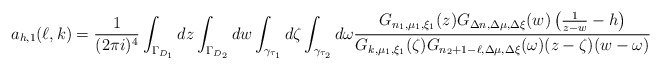
\begin{align*}a_{h,1}(\ell,k)=\frac 1{(2\pi i)^4}\int_{\Gamma_{D_1}}dz\int_{\Gamma_{D_2}}dw\int_{\gamma_{\tau_1}}d\zeta\int_{\gamma_{\tau_2}}d\omega\frac{G_{n_1,\mu_1,\xi_1}(z)G_{\Delta n,\Delta\mu,\Delta\xi}(w)\left(\frac 1{z-w}-h\right)}{G_{k,\mu_1,\xi_1}(\zeta)G_{n_2+1-\ell,\Delta\mu,\Delta\xi}(\omega)(z-\zeta)(w-\omega)}\end{align*}